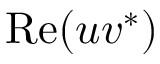
\mathrm { R e } ( u v ^ { * } )